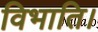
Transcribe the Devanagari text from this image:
विभाति।